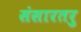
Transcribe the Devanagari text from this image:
संसारतरु